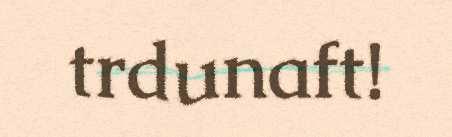
trdunaft!